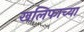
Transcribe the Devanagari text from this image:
खलिफाच्या